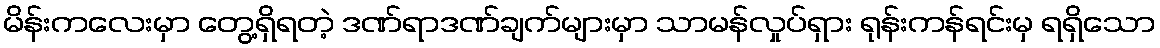
မိန်းကလေးမှာ တွေ့ရှိရတဲ့ ဒဏ်ရာဒဏ်ချက်များမှာ သာမန်လှုပ်ရှား ရုန်းကန်ရင်းမှ ရရှိသော